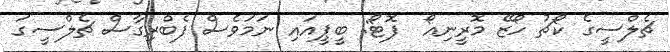
ޗެލްސީގެ ކޯޗު ހޯޒޭ މޮރީނިއޯ  ފޮޓޯ: ބީޕީއައި ނަމަވެސް ފެބްރިގާސް ޗެލްސީގަ